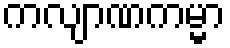
ကလျာဏကမ္မာ